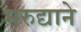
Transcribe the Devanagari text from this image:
मरुद्याने